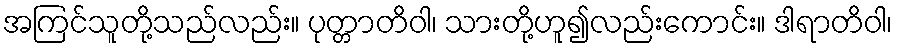
အကြင်သူတို့သည်လည်း။ ပုတ္တာတိဝါ၊ သားတို့ဟူ၍လည်းကောင်း။ ဒါရာတိဝါ၊